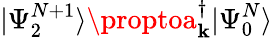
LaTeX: |\Psi_{2}^{N+1}\rangle\proptoa_{\mathbf{k}}^{\dagger}|\Psi_{0}^{N}\rangle